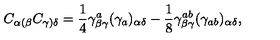
C _ { \alpha ( \beta } C _ { \gamma ) \delta } = { \frac { 1 } { 4 } } \gamma _ { \beta \gamma } ^ { a } ( \gamma _ { a } ) _ { \alpha \delta } - { \frac { 1 } { 8 } } \gamma _ { \beta \gamma } ^ { a b } ( \gamma _ { a b } ) _ { \alpha \delta } ,